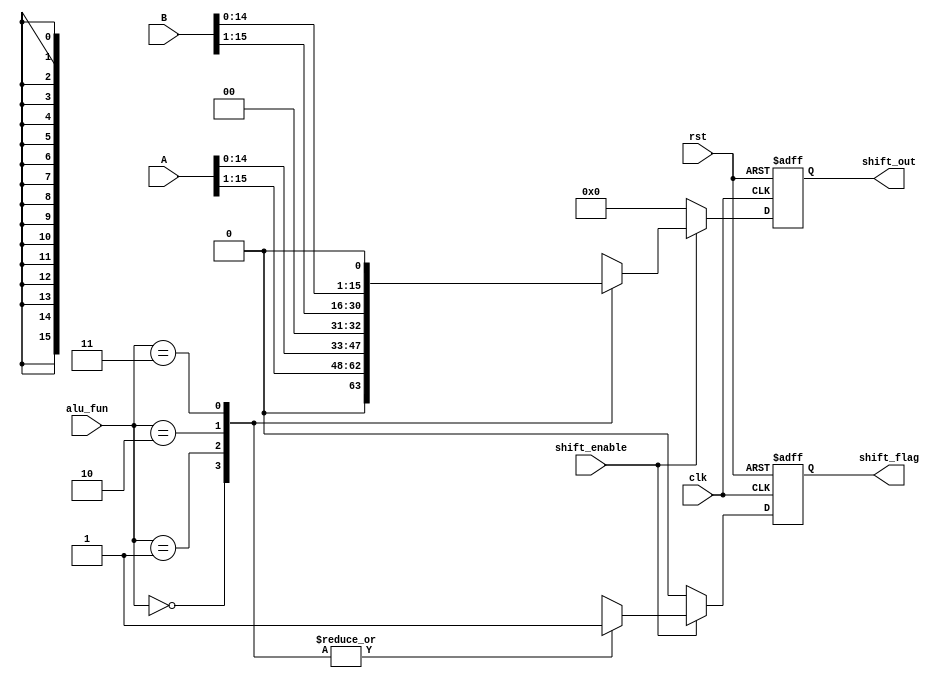
module shift_unit#(parameter alu_width =16)

(
  input wire [alu_width-1:0]  A,B,
  input wire                  clk,rst,
  input wire                shift_enable,
  input wire [1:0]            alu_fun,
  output reg                  shift_flag,
  output reg [alu_width-1:0]  shift_out);
reg [alu_width-1:0]  shift_out_reg ;
reg shift_flag_reg ;
 
always @ (posedge clk or negedge rst)
 begin 
   if (!rst)
     begin
      shift_out  <= 'b0 ;
      shift_flag <= 'b0 ;	
	 end
   else
     begin   
      shift_out  <= shift_out_reg ;
      shift_flag <= shift_flag_reg ;
	 end
 end
 
   always@(*)
begin
        shift_out_reg = 1'b0;
        shift_flag_reg = 1'b0;
      if(shift_enable)
        begin
      case(alu_fun)  
        4'b00:begin
        shift_flag_reg = 1'b1;
        shift_out_reg = A >> 1;
        end
        4'b01:begin
        shift_out_reg = A << 1;
        shift_flag_reg = 1'b1;
        end
        4'b10:begin
        shift_flag_reg = 1'b1;
        shift_out_reg = B >> 1;
         end
        4'b11:begin
        shift_flag_reg = 1'b1;
        shift_out_reg = B << 1;
        end
      endcase
end
end 

endmodule